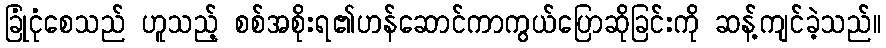
ခြုံငုံစေသည် ဟူသည့် စစ်အစိုးရ၏ဟန်ဆောင်ကာကွယ်ပြောဆိုခြင်းကို ဆန့်ကျင်ခဲ့သည်။